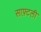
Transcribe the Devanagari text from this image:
साफ़्टली